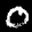
Label: 0